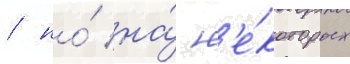
/ но́ на́ н'е́которых